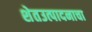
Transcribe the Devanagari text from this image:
शेतउत्पादनाचा